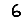
Digit: 6